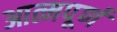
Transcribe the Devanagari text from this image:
आत्मपूर्ण